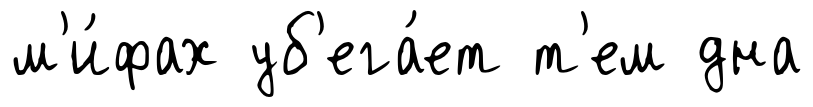
м'и́фах уб'ега́ет т'ем дна